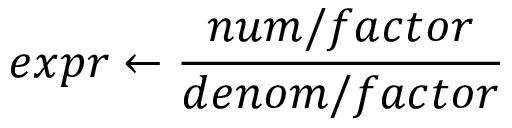
e x p r \gets \frac { n u m / f a c t o r } { d e n o m / f a c t o r }